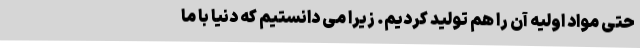
حتی مواد اولیه آن را هم تولید کردیم. زیرا می ‌دانستیم که دنیا با ما